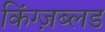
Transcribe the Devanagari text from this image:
किंग्ज़ब्लड